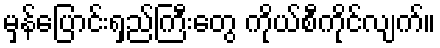
မှန်ပြောင်းရှည်ကြီးတွေ ကိုယ်စီကိုင်လျက်။